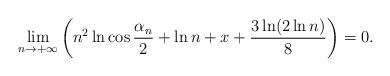
LaTeX: \begin{align*}\lim\limits_{n\to+\infty}\left(n^2\ln\cos\frac{\alpha_n}{2}+\ln n+x+\frac{3\ln(2\ln n)}{8}\right)=0.\end{align*}